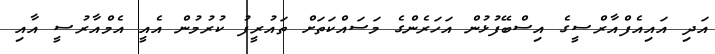
އަދި އައިއެފްއާރްސީގެ އިސްބޭފުޅުން އަހަރެންގެ މަސައްކަތަށް ތައުރީފު ކުރުމުން އެއީ އެމްއާރުސީ އާއި